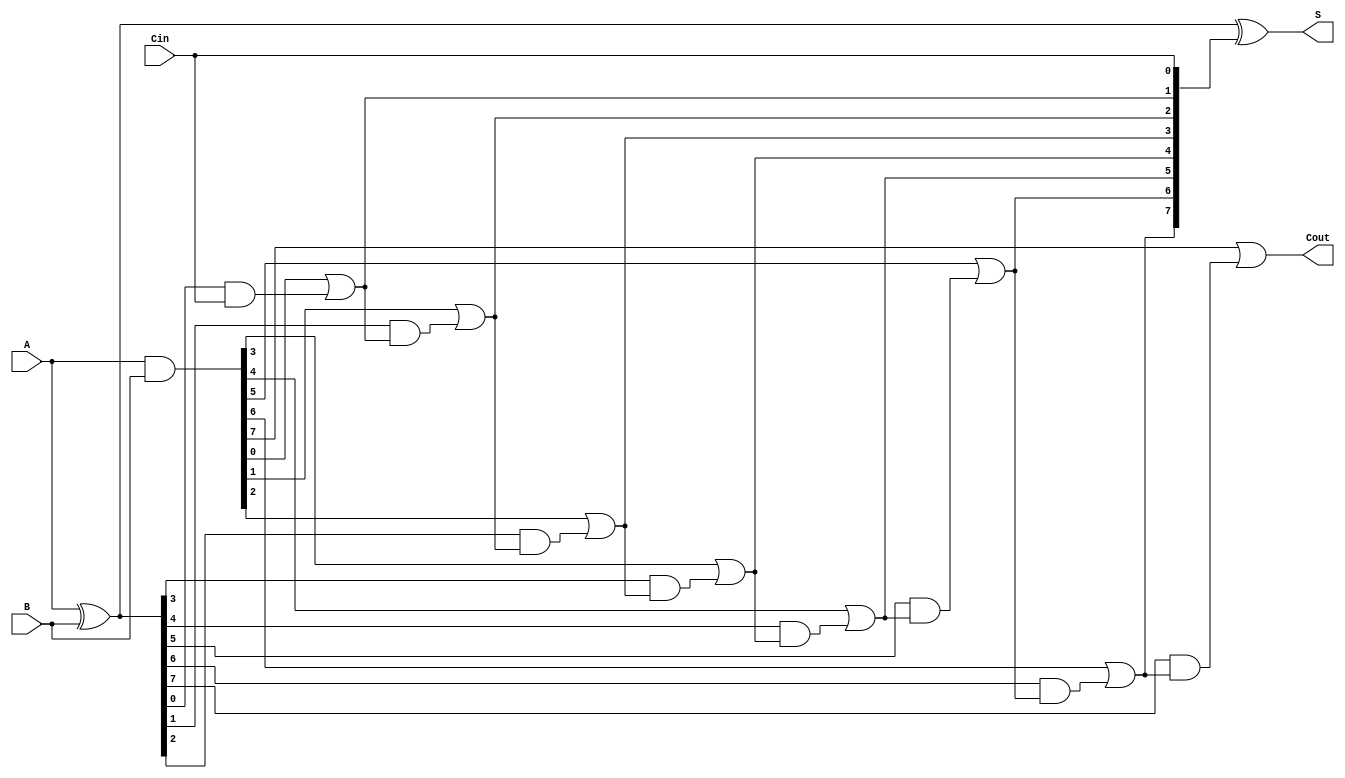
module han_carlson_adder #(parameter N = 8) (
    input  [N-1:0] A,      // First operand
    input  [N-1:0] B,      // Second operand
    input         Cin,      // Carry-in
    output [N-1:0] S,      // Sum output
    output        Cout      // Carry-out
);

    wire [N-1:0] G;        // Generate signals
    wire [N-1:0] P;        // Propagate signals
    wire [N:0] C;          // Carry signals (C[0] = Cin)

    // Generate and Propagate calculations
    assign G = A & B;      // Generate: Gi = A[i] AND B[i]
    assign P = A ^ B;      // Propagate: Pi = A[i] XOR B[i]

    // Carry calculations
    assign C[0] = Cin;     // Initial carry-in
    genvar i;
    generate
        for (i = 0; i < N; i = i + 1) begin : carry_calc
            assign C[i + 1] = G[i] | (P[i] & C[i]); // Carry: Ci+1 = Gi + (Pi AND Ci)
        end
    endgenerate

    // Sum calculations
    assign S = P ^ C[N-1:0]; // Sum: S[i] = Pi XOR Ci

    // Final carry-out
    assign Cout = C[N];      // Carry-out: Cout = CN

endmodule